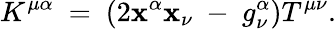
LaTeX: K^{\mu\alpha}~=~(2{\mathbf{x}^{\alpha}}{\mathbf{x}_{\nu}}~-~g_{\nu}^{\alpha})T^{\mu\nu}.